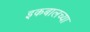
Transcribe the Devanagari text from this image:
इकबालच्या